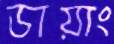
ডায়াং